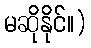
မဆိုနိုင်။)